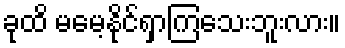
ခုထိ မမေ့နိုင်ရှာကြသေးဘူးလား။